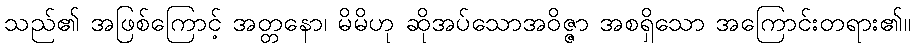
သည်၏ အဖြစ်ကြောင့် အတ္တနော၊ မိမိဟု ဆိုအပ်သောအဝိဇ္ဇာ အစရှိသော အကြောင်းတရား၏။